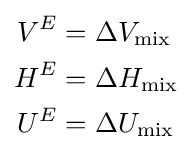
{\begin{aligned}V^{E}&=\Delta V_{\text{mix}}\\H^{E}&=\Delta H_{\text{mix}}\\U^{E}&=\Delta U_{\text{mix}}\end{aligned}}